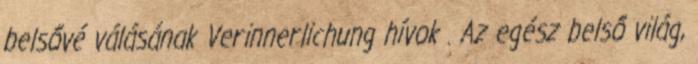
belsővé válásának Verinnerlichung hívok . Az egész belső világ,